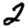
Digit: 2